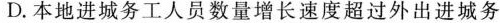
D.本地进城务工人员数量增长速度超过外出进城务